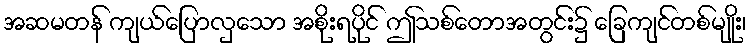
အဆမတန် ကျယ်ပြောလှသော အစိုးရပိုင် ဤသစ်တောအတွင်း၌ ခြေကျင်တစ်မျိုး၊